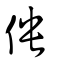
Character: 佒